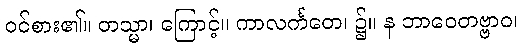
ဝင်စား၏။ တသ္မာ၊ ကြောင့်။ ကာလင်္ကတေ၊ ၌။ န ဘာဝေတဗ္ဗာဝ၊